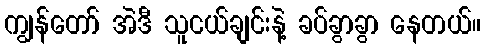
ကျွန်တော် အဲဒီ သူငယ်ချင်းနဲ့ ခပ်ခွာခွာ နေတယ်။